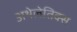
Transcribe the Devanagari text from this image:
अथेलेतिक्स